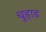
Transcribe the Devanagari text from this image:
चुहाड